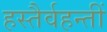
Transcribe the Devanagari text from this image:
हस्तैर्वहन्तीं